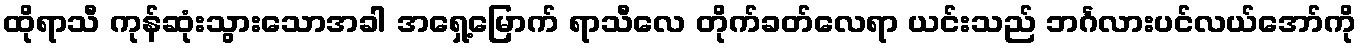
ထိုရာသီ ကုန်ဆုံးသွားသောအခါ အရှေ့မြောက် ရာသီလေ တိုက်ခတ်လေရာ ယင်းသည် ဘင်္ဂလားပင်လယ်အော်ကို